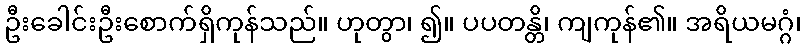
ဦးခေါင်းဦးစောက်ရှိကုန်သည်။ ဟုတွာ၊ ၍။ ပပတန္တိ၊ ကျကုန်၏။ အရိယမဂ္ဂံ၊